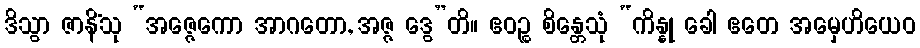
ဒိသွာ ဇာနိံသု “အဇ္ဇေကော အာဂတော, အဇ္ဇ ဒွေ”တိ။ ဧဝဉ္စ စိန္တေသုံ “ကိန္နု ခေါ ဧတေ အမှေဟိယေဝ